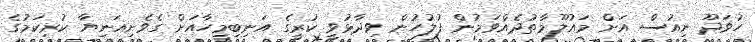
ހުވަދޫ ނިއުސް އަށް މައުލޫމާތުދެއްވަމުން ފުލުހުން ވިދާޅުވީ ކުރީގެ އަނިބިމީހާއަށް ގެވެށިއަނިޔާ ކުރިކަމުގެ